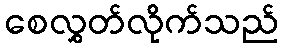
စေလွှတ်လိုက်သည်